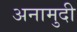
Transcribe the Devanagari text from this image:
अनामुदी